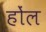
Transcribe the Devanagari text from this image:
होंल